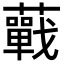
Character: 𧂁